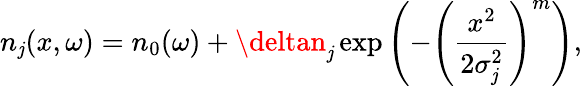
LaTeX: n_{\mathit{j}}(x,\omega)=n_{0}(\omega)+\deltan_{\mathit{j}}\exp\left(-\left(\frac{{x^{2}}}{{2\sigma_{\mathit{j}}^{2}}}\right)^{m}\right),